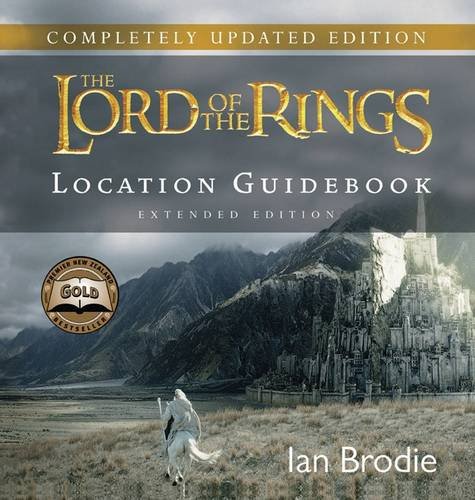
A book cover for Lord of the Rings Location Guidebook; Ian Brodie; Travel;